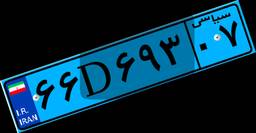
۱۹D۳۸۸۶۵